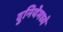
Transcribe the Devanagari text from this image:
दुनियेमध्ये